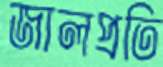
জালপ্রতি